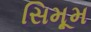
સિમૂમ